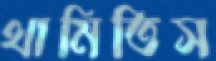
থামিতিস